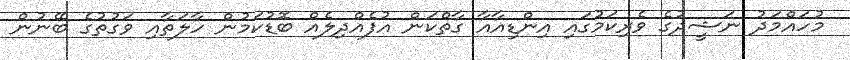
މުހައްމަދު ނަޝީދުގެ ވެރިކަމުގައި އިންޑިއާއާ ގާތްކަން އުފެއްދިލެއް ބޮޑުކަމުން ހާލަތާއި ވަގުތުގެ ބޭނުން